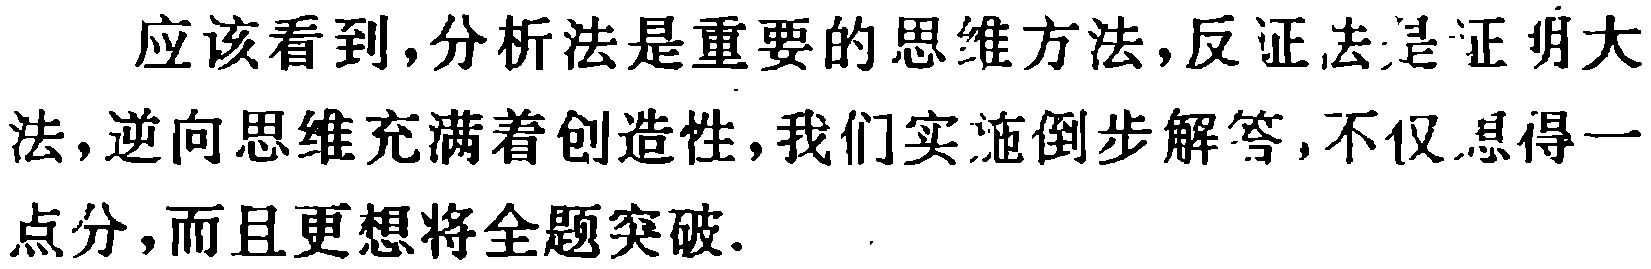
应该看到,分析法是重要的思维方法,反证法是证明大法,逆向思维充满着创造性,我们实施倒步解答,不仅想得一点分,而且更想将全题突破.